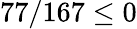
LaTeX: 77/167\leq 0